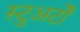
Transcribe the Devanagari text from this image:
स्टुअर्टों